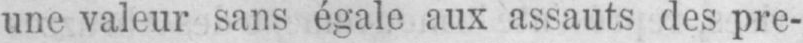
une valeur sans égale aux assauts des pre-